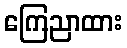
ကြေညာထား